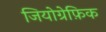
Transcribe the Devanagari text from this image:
जियोग्रेफ़िक